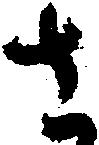
さ